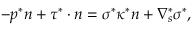
- p ^ { * } \boldsymbol { n } + \boldsymbol { \tau } ^ { * } \cdot \boldsymbol { n } = \sigma ^ { * } \kappa ^ { * } \boldsymbol { n } + \nabla _ { s } ^ { * } \sigma ^ { * } ,